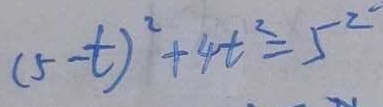
( 5 - t ) ^ { 2 } + 4 t ^ { 2 } = 5 ^ { 2 }